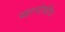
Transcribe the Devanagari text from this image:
खान्देशीच